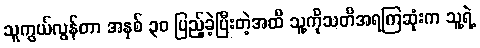
သူကွယ်လွန်တာ အနှစ် ၃၀ ပြည့်ခဲ့ပြီးတဲ့အထိ သူ့ကိုသတိအရကြဆုံးက သူ့ရဲ့